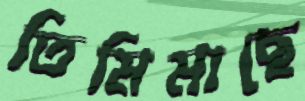
তিমিমাছে